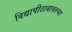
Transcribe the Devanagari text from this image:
विद्यापीठाबाबतच्या